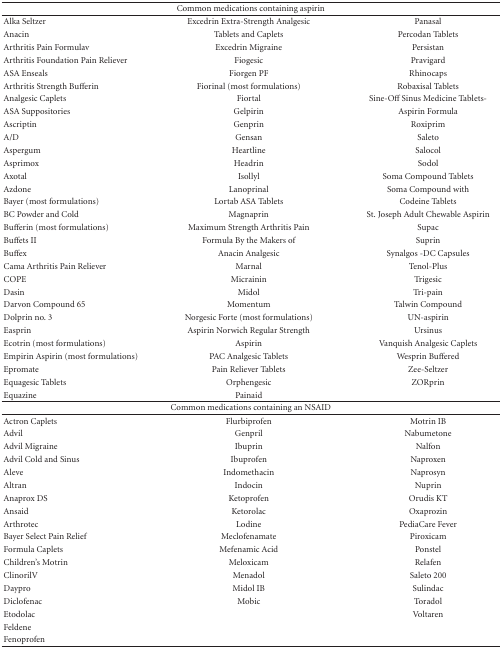
<table><thead><tr><td></td><td><b>Common medications containing aspirin</b></td><td></td></tr></thead><tbody><tr><td>Alka Seltzer</td><td>Excedrin Extra-Strength Analgesic</td><td>Panasal</td></tr><tr><td>Anacin</td><td>Tablets and Caplets</td><td>Percodan Tablets</td></tr><tr><td>Arthritis Pain Formulav</td><td>Excedrin Migraine</td><td>Persistan</td></tr><tr><td>Arthritis Foundation Pain Reliever</td><td>Fiogesic</td><td>Pravigard</td></tr><tr><td>ASA Enseals</td><td>Fiorgen PF</td><td>Rhinocaps</td></tr><tr><td>Arthritis Strength Bufferin</td><td>Fiorinal (most formulations)</td><td>Robaxisal Tablets</td></tr><tr><td>Analgesic Caplets</td><td>Fiortal</td><td>Sine-Off Sinus Medicine Tablets-</td></tr><tr><td>ASA Suppositories</td><td>Gelpirin</td><td>Aspirin Formula</td></tr><tr><td>Ascriptin</td><td>Genprin</td><td>Roxiprim</td></tr><tr><td>A/D</td><td>Gensan</td><td>Saleto</td></tr><tr><td>Aspergum</td><td>Heartline</td><td>Salocol</td></tr><tr><td>Asprimox</td><td>Headrin</td><td>Sodol</td></tr><tr><td>Axotal</td><td>Isollyl</td><td>Soma Compound Tablets</td></tr><tr><td>Azdone</td><td>Lanoprinal</td><td>Soma Compound with</td></tr><tr><td>Bayer (most formulations)</td><td>Lortab ASA Tablets</td><td>Codeine Tablets</td></tr><tr><td>BC Powder and Cold</td><td>Magnaprin</td><td>St. Joseph Adult Chewable Aspirin</td></tr><tr><td>Bufferin (most formulations)</td><td>Maximum Strength Arthritis Pain</td><td>Supac</td></tr><tr><td>Buffets II</td><td>Formula By the Makers of</td><td>Suprin</td></tr><tr><td>Buffex</td><td>Anacin Analgesic</td><td>Synalgos -DC Capsules</td></tr><tr><td>Cama Arthritis Pain Reliever</td><td>Marnal</td><td>Tenol-Plus</td></tr><tr><td>COPE</td><td>Micrainin</td><td>Trigesic</td></tr><tr><td>Dasin</td><td>Midol</td><td>Tri-pain</td></tr><tr><td>Darvon Compound 65</td><td>Momentum</td><td>Talwin Compound</td></tr><tr><td>Dolprin no. 3</td><td>Norgesic Forte (most formulations)</td><td>UN-aspirin</td></tr><tr><td>Easprin</td><td>Aspirin Norwich Regular Strength</td><td>Ursinus</td></tr><tr><td>Ecotrin (most formulations)</td><td>Aspirin</td><td>Vanquish Analgesic Caplets</td></tr><tr><td>Empirin Aspirin (most formulations)</td><td>PAC Analgesic Tablets</td><td>Wesprin Buffered</td></tr><tr><td>Epromate</td><td>Pain Reliever Tablets</td><td>Zee-Seltzer</td></tr><tr><td>Equagesic Tablets</td><td>Orphengesic</td><td>ZORprin</td></tr><tr><td>Equazine</td><td>Painaid</td><td></td></tr><tr><td></td><td>Common medications containing an NSAID</td><td></td></tr><tr><td>Actron Caplets</td><td>Flurbiprofen</td><td>Motrin IB</td></tr><tr><td>Advil</td><td>Genpril</td><td>Nabumetone</td></tr><tr><td>Advil Migraine</td><td>Ibuprin</td><td>Nalfon</td></tr><tr><td>Advil Cold and Sinus</td><td>Ibuprofen</td><td>Naproxen</td></tr><tr><td>Aleve</td><td>Indomethacin</td><td>Naprosyn</td></tr><tr><td>Altran</td><td>Indocin</td><td>Nuprin</td></tr><tr><td>Anaprox DS</td><td>Ketoprofen</td><td>Orudis KT</td></tr><tr><td>Ansaid</td><td>Ketorolac</td><td>Oxaprozin</td></tr><tr><td>Arthrotec</td><td>Lodine</td><td>PediaCare Fever</td></tr><tr><td>Bayer Select Pain Relief</td><td>Meclofenamate</td><td>Piroxicam</td></tr><tr><td>Formula Caplets</td><td>Mefenamic Acid</td><td>Ponstel</td></tr><tr><td>Children&#x27;s Motrin</td><td>Meloxicam</td><td>Relafen</td></tr><tr><td>ClinorilV</td><td>Menadol</td><td>Saleto 200</td></tr><tr><td>Daypro</td><td>Midol IB</td><td>Sulindac</td></tr><tr><td>Diclofenac</td><td>Mobic</td><td>Toradol</td></tr><tr><td>Etodolac</td><td></td><td>Voltaren</td></tr><tr><td>Feldene</td><td></td><td></td></tr><tr><td>Fenoprofen</td><td></td><td></td></tr></tbody></table>